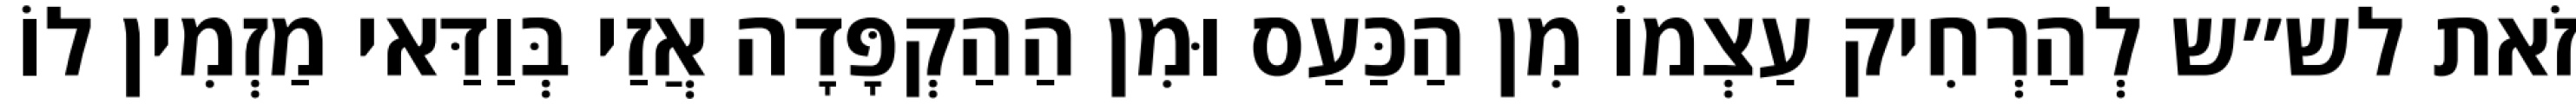
זֹאת לש״ש לְהַרְחִיק עַצְמוֹ מִן הַכַּעַס וּמִן הַהַקְפָּדָה אֲזַי בְּוַדַּאי מַזְמִין לוֹ